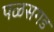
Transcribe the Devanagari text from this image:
पळसगड